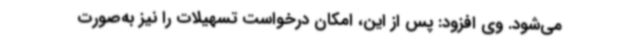
می‌شود. وی افزود: پس از این، امکان درخواست تسهیلات را نیز به‌صورت